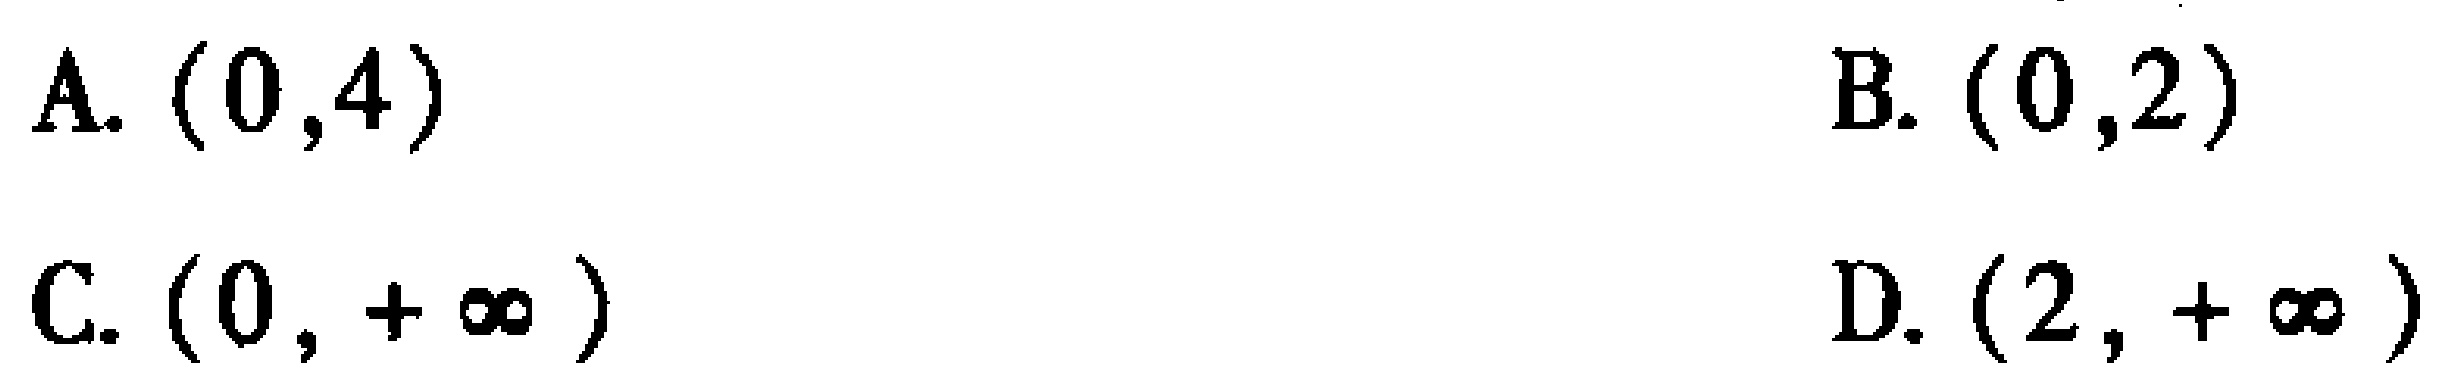
A. \((0,4)\)

B. \((0,2)\)

C. \((0,+\infty)\)

D. \((2,+\infty)\)